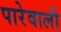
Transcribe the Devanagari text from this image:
पारेवाली